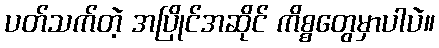
ပတ်သက်တဲ့ အပြိုင်အဆိုင် ကိစ္စတွေမှာပါပဲ။